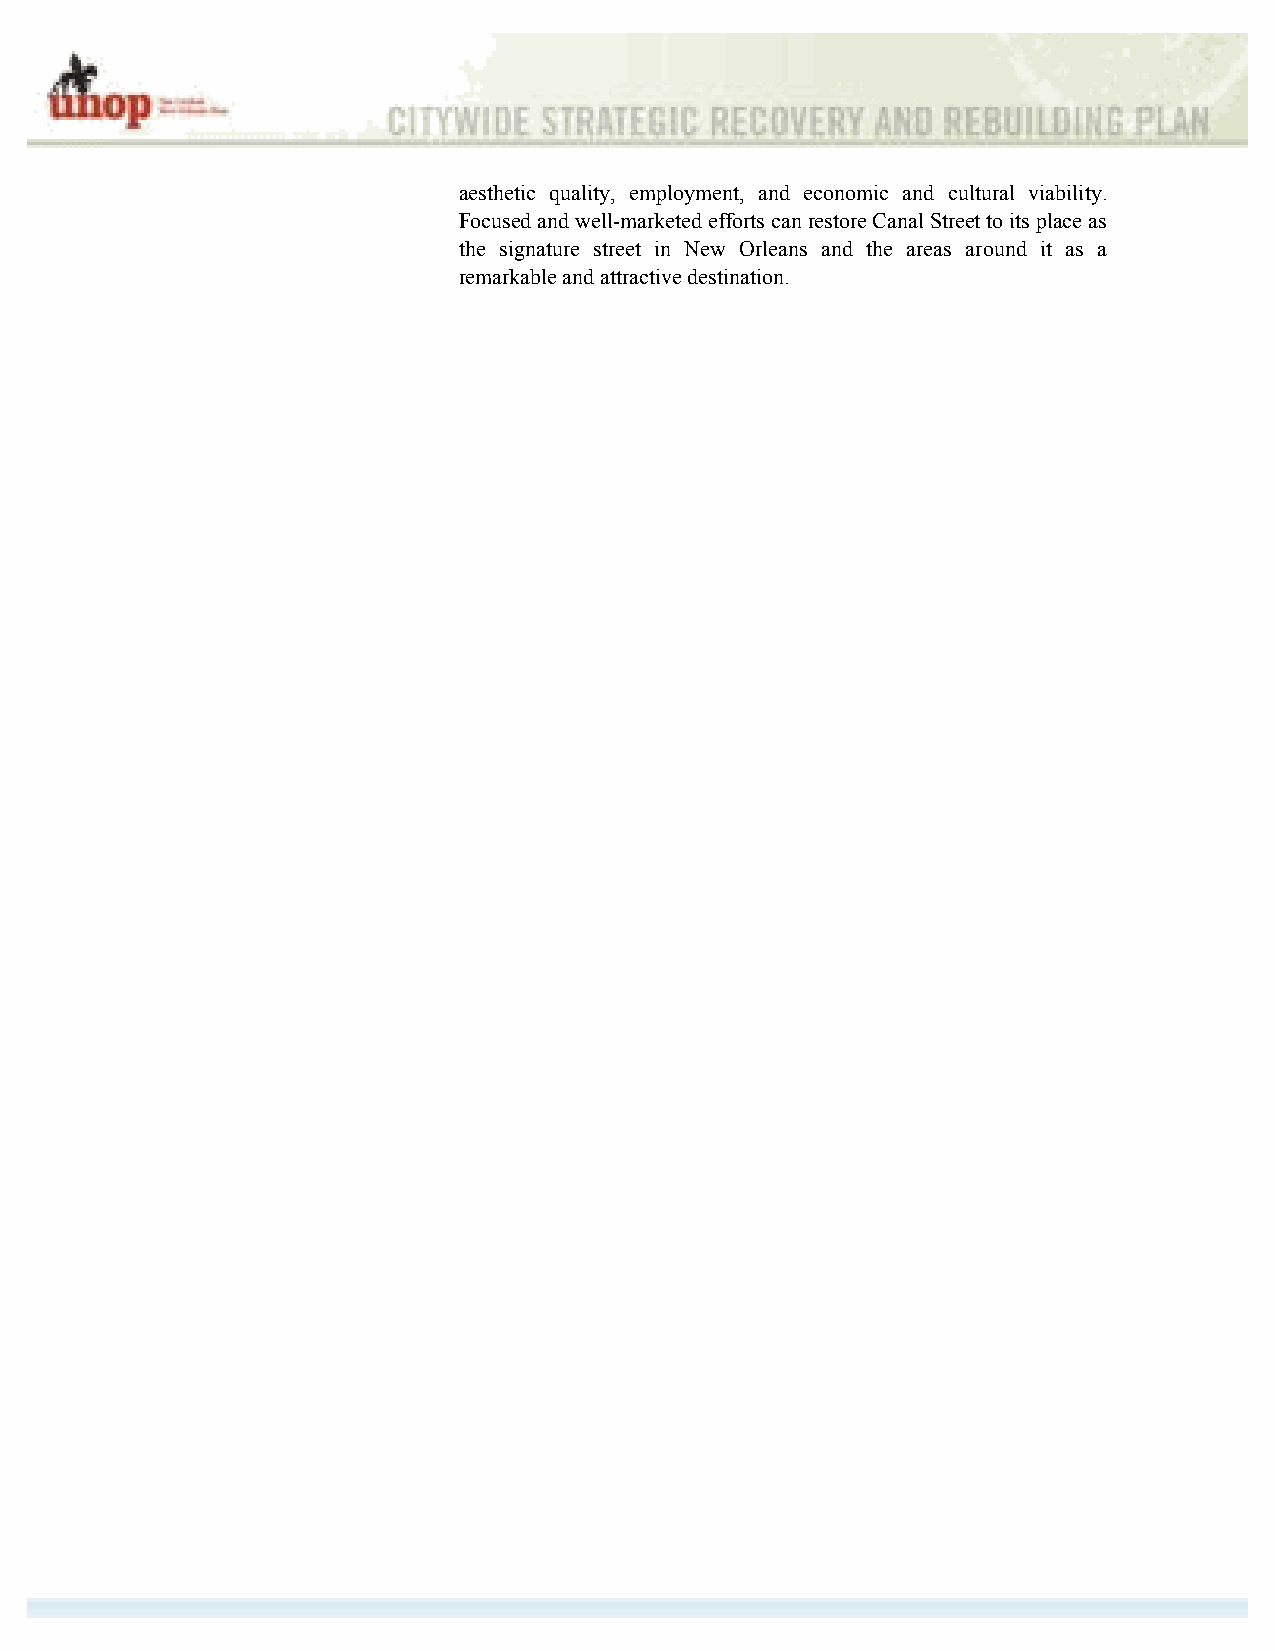
aesthetic quality, employment, and economic and cultural viability.
 Focused and well-marketed efforts can restore Canal Street to its place as
 the signature street in New Orleans and the areas around it as a
 remarkable and attractive destination.